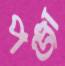
পঞ্জা